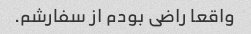
واقعا راضی بودم از سفارشم.